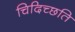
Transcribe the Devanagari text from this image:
चिदिच्छति